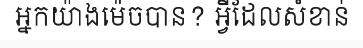
អ្នកយ៉ាងម៉េចបាន? អ្វីដែលសំខាន់